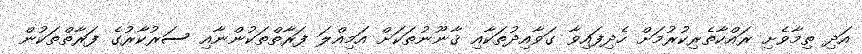
އަދި ތިމާވެށި ރައްކާތެރިކުރުމަށް ހެދިފައިވާ ގަވާއިދުތަކާއި ޤާނޫނުތަކަށް އަމިއްލަ ފަރާތްތަކުންނާއި ސަރުކާރުގެ ފަރާތްތަކުން